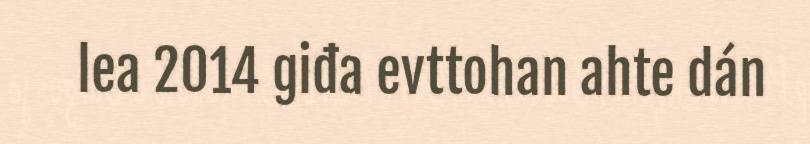
lea 2014 giđa evttohan ahte dán